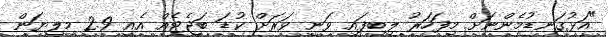
"އަޅުގަނޑުމެންނަށް މިފަހަރު ލިބިފައި ވަނީ ވަރަށް ކުޑަ ބަޖެޓެއް އެއީ 2.9 މިލިޔަން